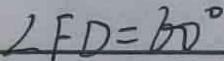
\angle F D = 6 0 ^ { \circ }